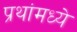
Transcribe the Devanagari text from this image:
प्रथांमध्ये